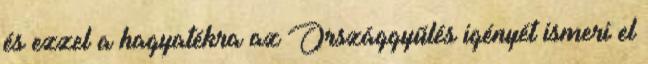
és ezzel a hagyatékra az Országgyűlés igényét ismeri el